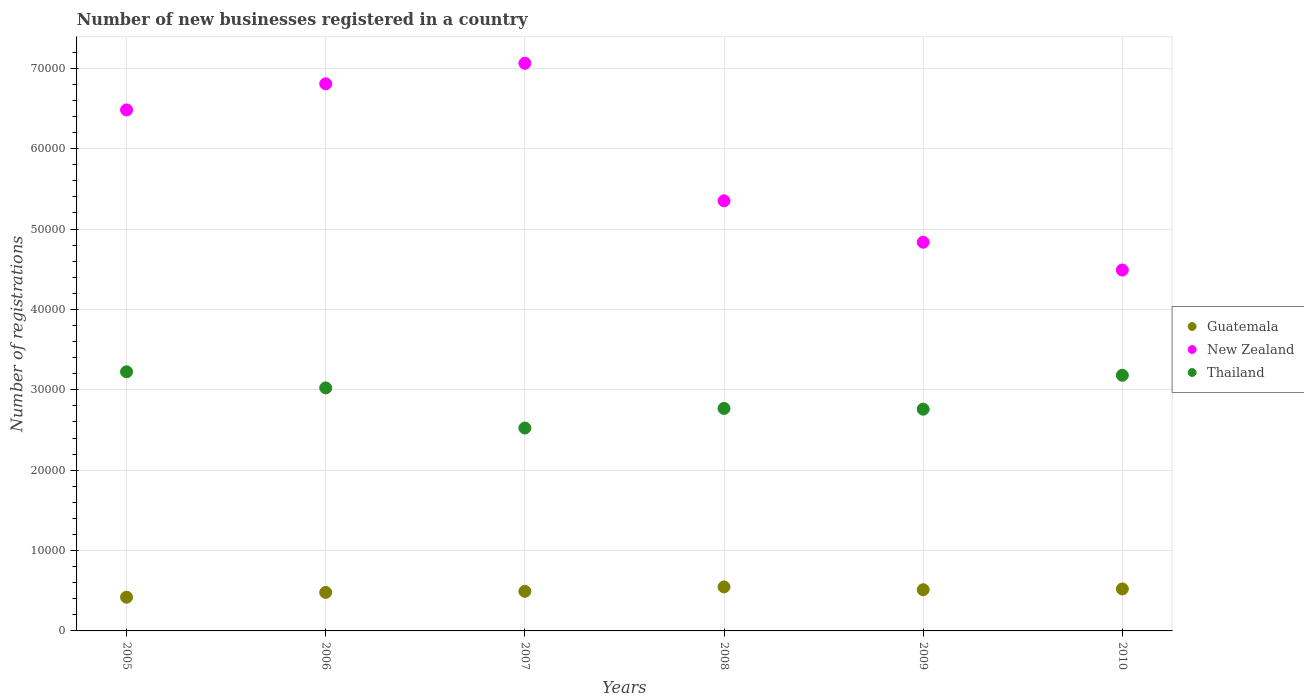
| Years | Guatemala | New Zealand | Thailand |
 | --- | --- | --- | --- |
 | 2005 | 4.2e+03 | 6.48e+04 | 3.22e+04 |
 | 2006 | 4.79e+03 | 6.81e+04 | 3.02e+04 |
 | 2007 | 4.92e+03 | 7.06e+04 | 2.52e+04 |
 | 2008 | 5.48e+03 | 5.35e+04 | 2.77e+04 |
 | 2009 | 5.13e+03 | 4.84e+04 | 2.76e+04 |
 | 2010 | 5.22e+03 | 4.49e+04 | 3.18e+04 |